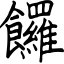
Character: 饠